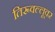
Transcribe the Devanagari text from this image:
तिरूवल्लूवर